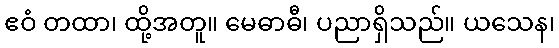
ဧဝံ တထာ၊ ထို့အတူ။ မေဓာဓီ၊ ပညာရှိသည်။ ယသေန၊